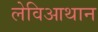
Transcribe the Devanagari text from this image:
लेविआथान